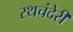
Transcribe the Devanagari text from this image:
रथचंदेरी